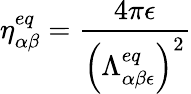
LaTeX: \eta_{\alpha\beta}^{eq}=\frac{4\pi\epsilon}{\left(\Lambda_{\alpha\beta\epsilon}^{eq}\right)^{2}}